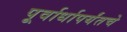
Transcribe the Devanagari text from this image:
पूर्वार्धापर्यंतचे